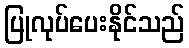
ပြုလုပ်ပေးနိုင်သည်